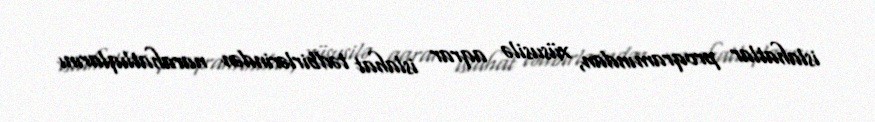
islahatlar proqramından, xüsusilə aqrar islahat tədbirlərindən narahatlıqlarını